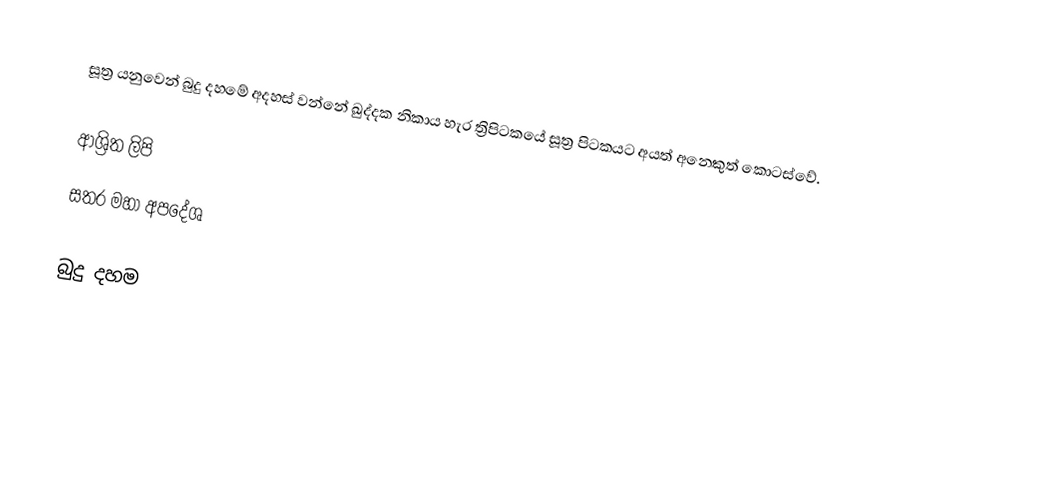
සූත්‍ර යනුවෙන් බුදු දහමේ අදහස් වන්නේ ඛුද්දක නිකාය හැර ත්‍රිපිටකයේ සූත්‍ර පිටකයට අයත් අනෙකුත් කොටස්වේ.

ආශ්‍රිත ලිපි
 සතර මහා අපදේශ

බුදු දහම